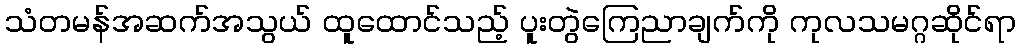
သံတမန်အဆက်အသွယ် ထူထောင်သည့် ပူးတွဲကြေညာချက်ကို ကုလသမဂ္ဂဆိုင်ရာ